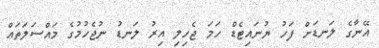
އޭނާގެ ލަނޑަށް ފަހު ޔުނައިޓެޑް ހަމަ ޖެހިލި އިރު ލަނޑު ނުޖެހުމުގެ މައްސަލަތައް